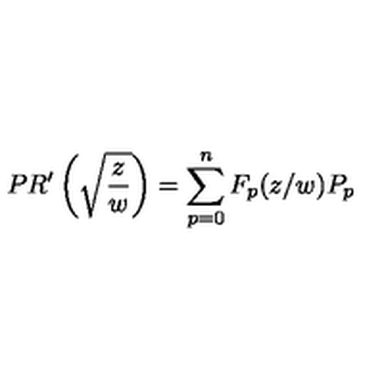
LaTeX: P R ^ { \prime } \left( \sqrt { \frac { z } { w } } \right) = \sum _ { p = 0 } ^ { n } F _ { p } ( z / w ) P _ { p }